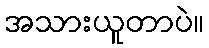
အသားယူတာပဲ။